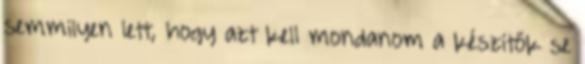
semmilyen lett, hogy azt kell mondanom a készítők se